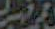
برابر